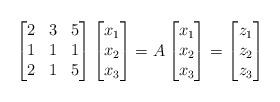
LaTeX: \begin{align*}\begin{bmatrix} 2 & 3 & 5 \\ 1 & 1 & 1\\ 2 & 1 & 5 \end{bmatrix}\begin{bmatrix} x_1 \\ x_2\\ x_3 \end{bmatrix}=A\begin{bmatrix} x_1 \\ x_2\\ x_3 \end{bmatrix}=\begin{bmatrix} z_1 \\ z_2\\ z_3 \end{bmatrix}\end{align*}